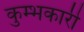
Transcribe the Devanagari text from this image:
कुम्भकारी